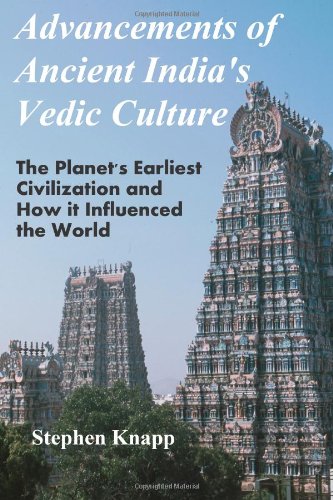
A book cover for Advancements of Ancient India's Vedic Culture: The Planet's Earliest Civilization and How it Influenced the World; Stephen Knapp; Religion & Spirituality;